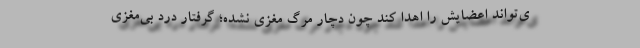
ی‌تواند اعضایش را اهدا کند چون دچار مرگ مغزی نشده؛ گرفتار درد بی‌مغزی